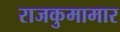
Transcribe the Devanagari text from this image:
राजकुमामार